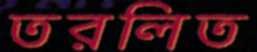
তরলিত